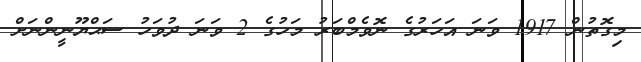
މިގޮތުން 1917 ވަނަ އަހަރުގެ ނޮވެމްބަރު މަހުގެ 2 ވަނަ ދުވަހު ސަޙްޔޫނީންނަށް